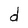
Character: d